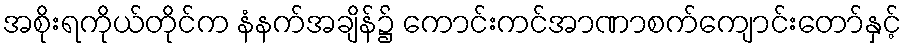
အစိုးရကိုယ်တိုင်က နံနက်အချိန်၌ ကောင်းကင်အာဏာစက်ကျောင်းတော်နှင့်